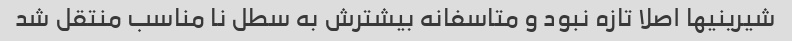
شیرینیها اصلا تازه نبود و متاسفانه بیشترش به سطل نا مناسب منتقل شد